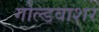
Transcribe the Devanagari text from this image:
गोल्डवाशर